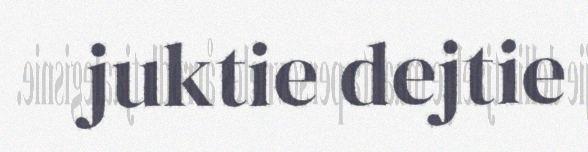
juktie dejtie